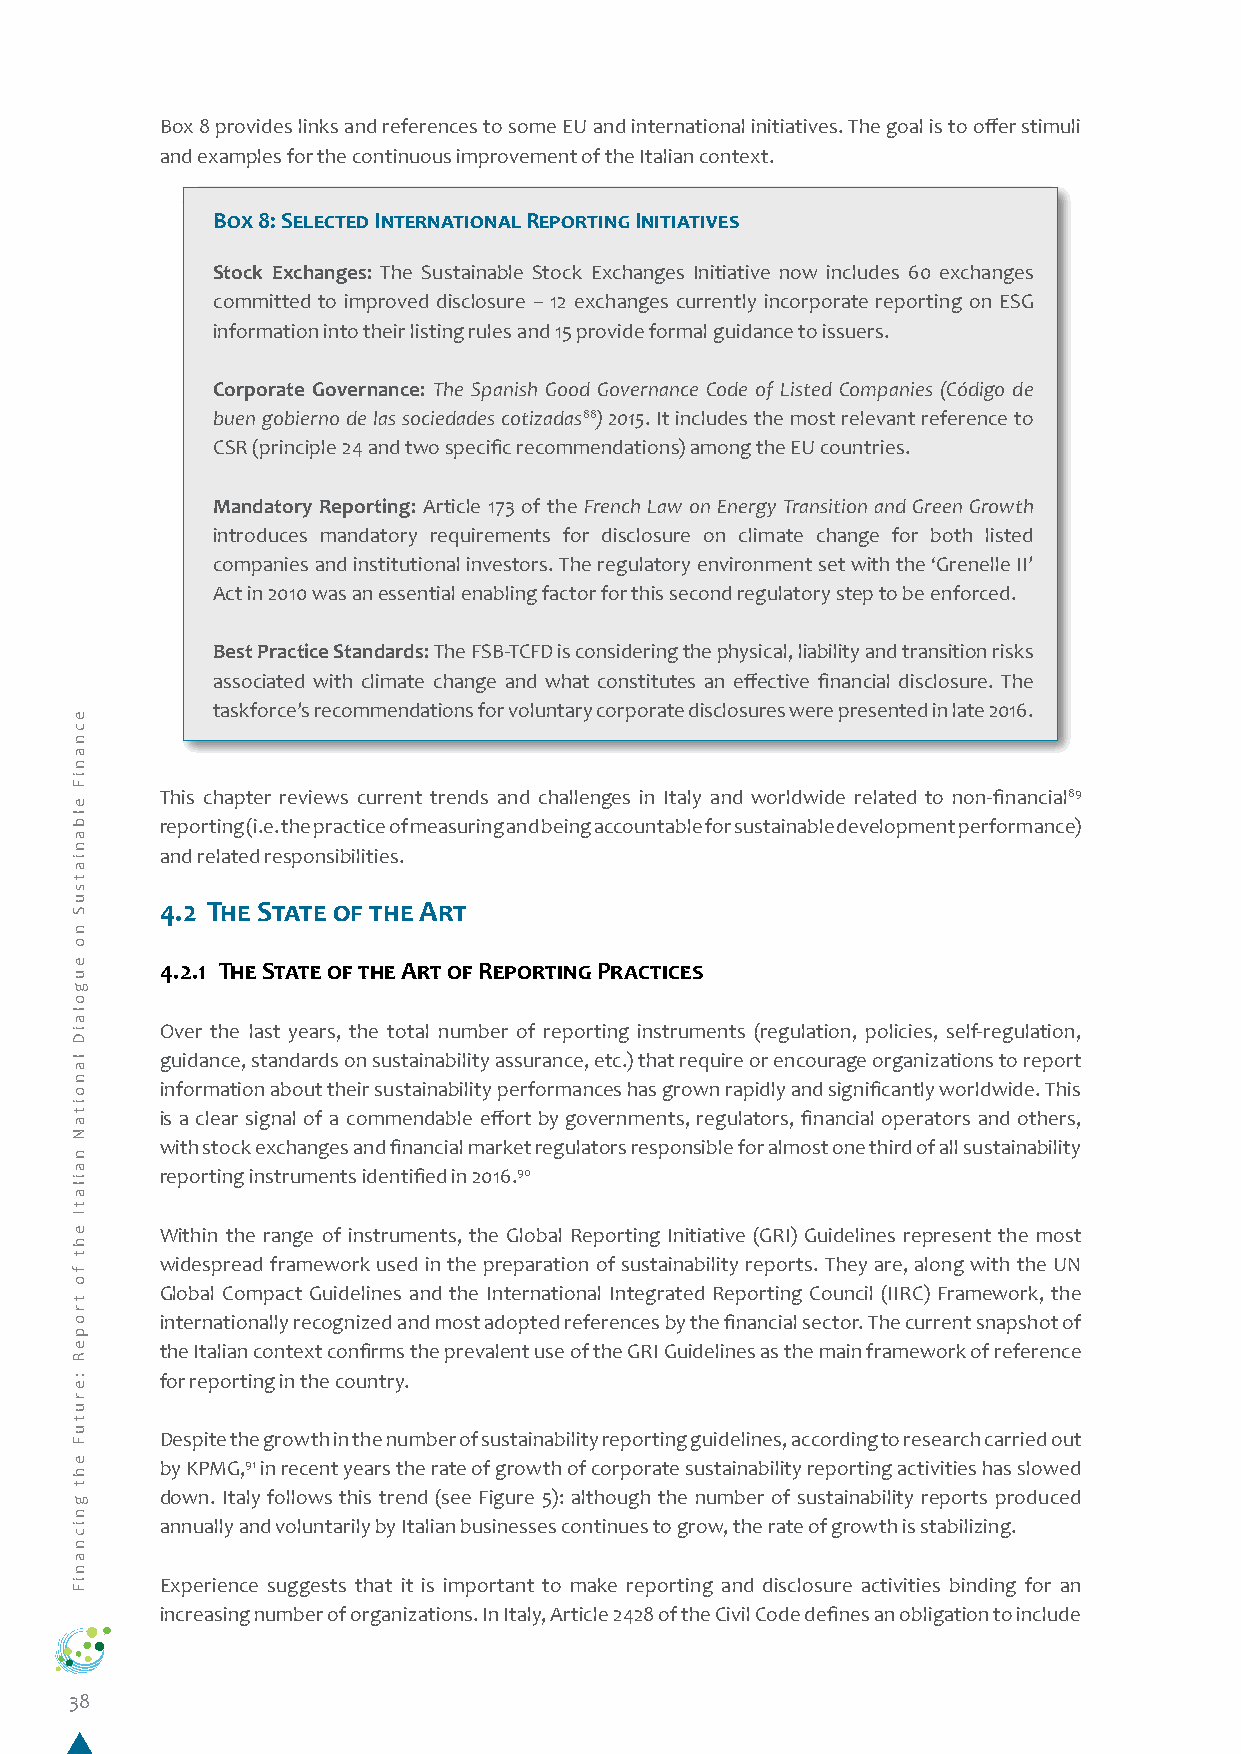
Box 8 provides links and references to some EU and international initiatives. The goal is to offer stimuli
 and examples for the continuous improvement of the Italian context.
 Box 8: Selected International Reporting Initiatives
 Stock Exchanges: The Sustainable Stock Exchanges Initiative now includes 60 exchanges
 committed to improved disclosure – 12 exchanges currently incorporate reporting on ESG
 information into their listing rules and 15 provide formal guidance to issuers.
 Corporate Governance: The Spanish Good Governance Code of Listed Companies (Código de
 buen gobierno de las sociedades cotizadas88) 2015. It includes the most relevant reference to
 CSR (principle 24 and two specific recommendations) among the EU countries.
 Mandatory Reporting: Article 173 of the French Law on Energy Transition and Green Growth
 introduces mandatory requirements for disclosure on climate change for both listed
 companies and institutional investors. The regulatory environment set with the ‘Grenelle II’
 Act in 2010 was an essential enabling factor for this second regulatory step to be enforced.
 Best Practice Standards: The FSB-TCFD is considering the physical, liability and transition risks
 associated with climate change and what constitutes an effective financial disclosure. The
 taskforce’s recommendations for voluntary corporate disclosures were presented in late 2016.
 This chapter reviews current trends and challenges in Italy and worldwide related to non-financial89
 reporting (i.e. the practice of measuring and being accountable for sustainable development performance)
 and related responsibilities.
 4.2 The State of the Art
 4.2.1 The State of the Art of Reporting Practices
 Over the last years, the total number of reporting instruments (regulation, policies, self-regulation,
 guidance, standards on sustainability assurance, etc.) that require or encourage organizations to report
 information about their sustainability performances has grown rapidly and significantly worldwide. This
 is a clear signal of a commendable effort by governments, regulators, financial operators and others,
 with stock exchanges and financial market regulators responsible for almost one third of all sustainability
 reporting instruments identified in 2016.90
 Within the range of instruments, the Global Reporting Initiative (GRI) Guidelines represent the most
 widespread framework used in the preparation of sustainability reports. They are, along with the UN
 Global Compact Guidelines and the International Integrated Reporting Council (IIRC) Framework, the
 internationally recognized and most adopted references by the financial sector. The current snapshot of
 the Italian context confirms the prevalent use of the GRI Guidelines as the main framework of reference
 for reporting in the country.
 Despite the growth in the number of sustainability reporting guidelines, according to research carried out
 by KPMG,91 in recent years the rate of growth of corporate sustainability reporting activities has slowed
 down. Italy follows this trend (see Figure 5): although the number of sustainability reports produced
 annually and voluntarily by Italian businesses continues to grow, the rate of growth is stabilizing.
 Experience suggests that it is important to make reporting and disclosure activities binding for an
 increasing number of organizations. In Italy, Article 2428 of the Civil Code defines an obligation to include
 38
 ecnaniF
 elbaniatsuS
 no
 eugolaiD
 lanoitaN
 nailatI
 eht
 fo
 tropeR
 :erutuF
 eht
 gnicnaniF